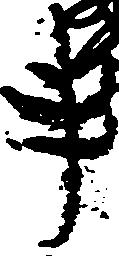
事